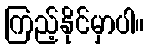
ကြည့်နိုင်မှာပါ။